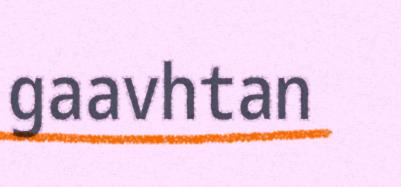
gaavhtan